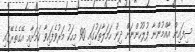
ސިފައިން އާއްމުންނާ ފުލުހުންނަށް ދިން ހަމަލާތަކުގައި 90 މީހަކު މަރުވެފައިވާ ކަމަށާއި އޭގެތެރޭގައި